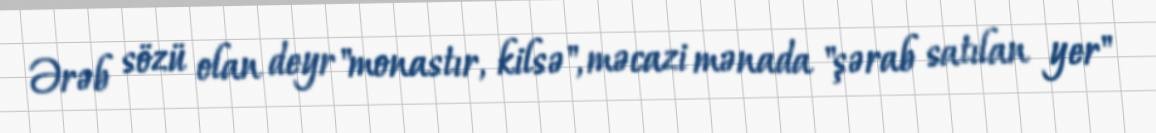
Ərəb sözü olan deyr "monastır, kilsə", məcazi mənada "şərab satılan yer"